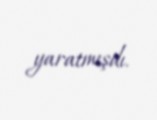
yaratmışdı.